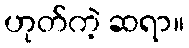
ဟုတ်ကဲ့ ဆရာ။